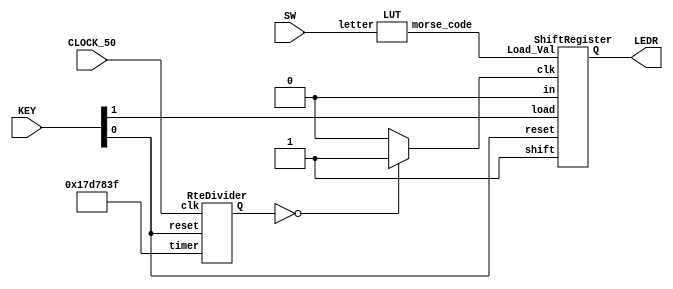
`timescale 1ns / 1ns // `timescale time_unit/time_precision

module MorseCode(CLOCK_50, LEDR, SW, KEY);
	input CLOCK_50;
	input [2:0] SW;
	input [1:0] KEY;	
	output [0:0] LEDR;

	wire [27:0] Q;
	wire clk;
	
	wire [11:0] morse_code;
	wire out;
	LUT lut(SW[2:0], morse_code);
	RteDivider rd0(CLOCK_50, KEY[0], 28'b0001011111010111100000111111, Q);
	
	assign clk = (Q == 0 ? 1 : 0);
	ShiftRegister r0(morse_code, KEY[0], KEY[1], clk, 1'b0, 1'b1, out);
	
	assign LEDR[0] = out;
endmodule

module LUT(letter, morse_code);
	input [2:0] letter;
	output reg [11:0] morse_code;

	always @(letter)
	begin
	case(letter)
		3'b000: morse_code = 12'b000000011101;
		3'b001: morse_code = 12'b000101010111;
		3'b010: morse_code = 12'b010111010111;
		3'b011: morse_code = 12'b000001010111;
		3'b100: morse_code = 12'b000000000001;
		3'b101: morse_code = 12'b000101110101;
		3'b110: morse_code = 12'b000101110111;
		3'b111: morse_code = 12'b000001010101;
	endcase
	end
endmodule

module RteDivider(clk, reset, timer, Q);
	input clk, reset;
	input [27:0] timer;
	output reg [27:0] Q;

	always @(posedge clk)
	begin
		if(reset == 1'b0) 
			Q <= 0;
		else if(Q == 0)
			Q <= timer;
		else 
			Q <= Q - 1'b1;
	end
endmodule

module ShiftRegister(Load_Val, reset, load, clk, in, shift, Q);
	input [11:0] Load_Val;
	input reset, in, shift;
	input load;
	input clk;
	output Q;

	wire [11:0] bit;
	assign Q = bit[0];
	
	ShifterBit sb11(in, Load_Val[11], shift, load, reset, clk, bit[11]);
	ShifterBit sb10(bit[11], Load_Val[10], shift, load, reset, clk, bit[10]);
	ShifterBit sb9(bit[10], Load_Val[9], shift, load, reset, clk, bit[9]);
	ShifterBit sb8(bit[9], Load_Val[8], shift, load, reset, clk, bit[8]);
	ShifterBit sb7(bit[8], Load_Val[7], shift, load, reset, clk, bit[7]);
	ShifterBit sb6(bit[7], Load_Val[6], shift, load, reset, clk, bit[6]);
	ShifterBit sb5(bit[6], Load_Val[5], shift, load, reset, clk, bit[5]);
	ShifterBit sb4(bit[5], Load_Val[4], shift, load, reset, clk, bit[4]);
	ShifterBit sb3(bit[4], Load_Val[3], shift, load, reset, clk, bit[3]);
	ShifterBit sb2(bit[3], Load_Val[2], shift, load, reset, clk, bit[2]);
	ShifterBit sb1(bit[2], Load_Val[1], shift, load, reset, clk, bit[1]);
	ShifterBit sb0(bit[1], Load_Val[0], shift, load, reset, clk, bit[0]);

endmodule

module ShifterBit (in, load_val, shift, load_n, reset_n, clk, out);
	input in, load_val, shift, load_n, reset_n, clk;
	output out;
	
	wire mux_out;
	mux2to1 mux1(out, in, shift, mux_out);
	mux2to1 mux2(load_val, mux_out, load_n, mux2_out);
	DFlipFlop dff(reset_n, clk, mux2_out, out);
endmodule

module DFlipFlop(reset, clk, d, Q);
	input clk, reset, d;
	output reg Q;

	always @(posedge clk)
	begin 
		if (reset == 1'b0)
			Q <= 1'b0;
		else
			Q <= d;
	end
endmodule

module mux2to1(x, y, s, m);
    input x;
    input y; 
    input s; 
    output m; 
  
    assign m = s & y | ~s & x;

endmodule